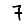
Digit: 7